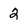
Character: 2